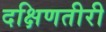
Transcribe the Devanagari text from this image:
दक्षिणतीरी